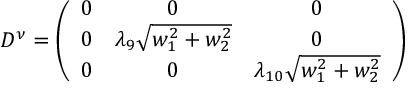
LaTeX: D ^ { \nu } = \left( \begin{array} { c c c } { { 0 } } & { { 0 } } & { { 0 } } \\ { { 0 } } & { { \lambda _ { 9 } \sqrt { w _ { 1 } ^ { 2 } + w _ { 2 } ^ { 2 } } } } & { { 0 } } \\ { { 0 } } & { { 0 } } & { { \lambda _ { 1 0 } \sqrt { w _ { 1 } ^ { 2 } + w _ { 2 } ^ { 2 } } } } \end{array} \right)